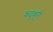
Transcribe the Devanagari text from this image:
कंदुकूरी